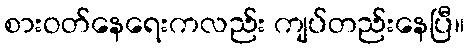
စားဝတ်နေရေးကလည်း ကျပ်တည်းနေပြီ။